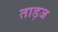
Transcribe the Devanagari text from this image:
ताड़ज